Document type: Sale
Year: 1423
Scribe: Joan Franc
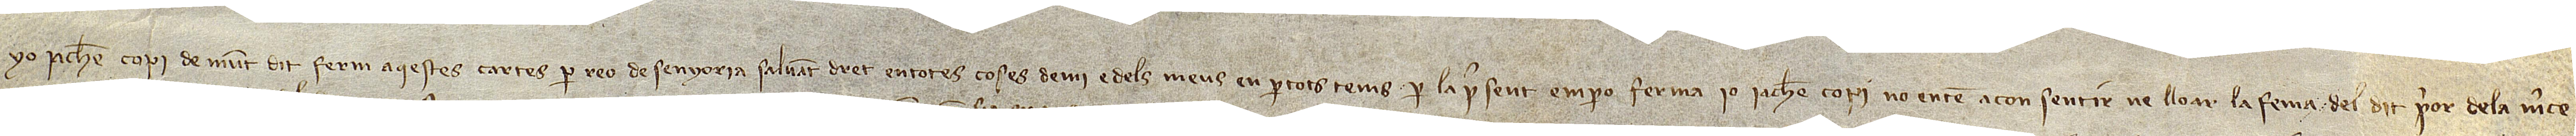
Yo Jachme Copí, demunt dit, ferm aqestes cartes per reó de senyoria, salvant dret en totes coses de mi e dels meus en per tots tems per la present. Emperò, ferma jo Jachme Copí no entén a consentir ne lloar la fe(r)ma del dit prior de la Mercè,